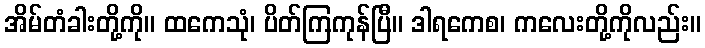
အိမ်တံခါးတို့ကို။ ထကေသုံ၊ ပိတ်ကြကုန်ပြီ။ ဒါရကေစ၊ ကလေးတို့ကိုလည်း။